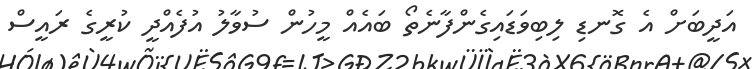
އަދީބަށް އެ ގޮނޑި ލިބިވަޑައިގެންފާނެތޯ ބައެއް މީހުން ސުވާލު އުފެއްދީ ކުރީގެ ރައީސް